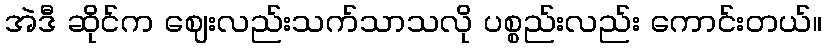
အဲဒီ ဆိုင်က ဈေးလည်းသက်သာသလို ပစ္စည်းလည်း ကောင်းတယ်။